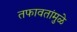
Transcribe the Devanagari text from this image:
तफावतांमुळे